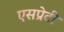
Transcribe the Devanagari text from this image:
एसप्रेटी